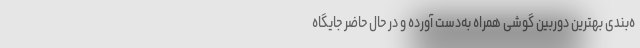
ه‌بندی بهترین دوربین گوشی همراه به‌دست آورده و در حال حاضر جایگاه